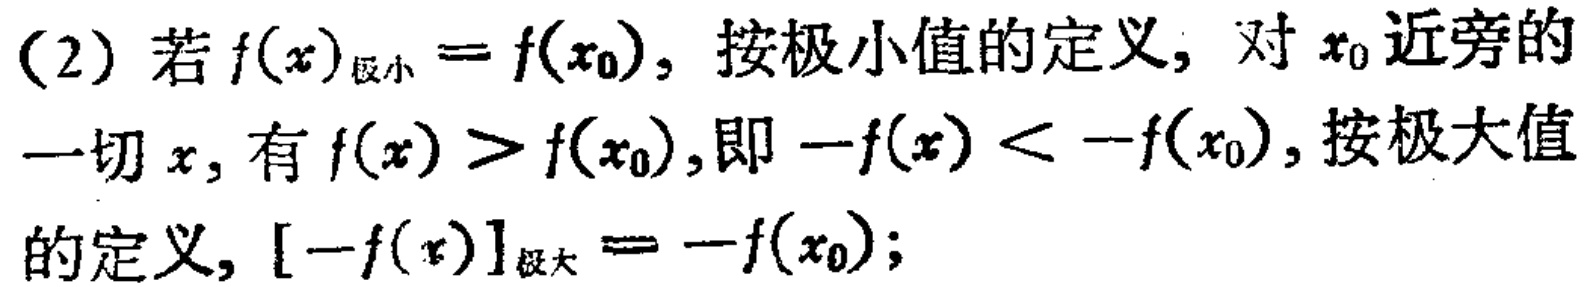
(2) 若 \(f(x)_{极小}=f(x_{0})\)，按极小值的定义，对 \(x_{0}\) 近旁的一切 \(x\)，有 \(f(x)>f(x_{0})\)，即 \(-f(x)< -f(x_{0})\)，按极大值的定义，\([-f(x)]_{极大}=-f(x_{0})\)；